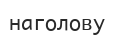
наголову